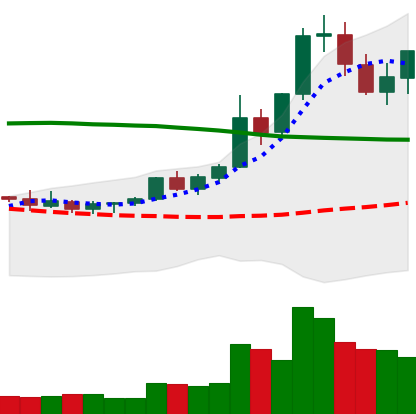
Ticker: XRP-USD
Chart end date: 2021-08-19
Forward return: -7.746%
Label: down_7plus